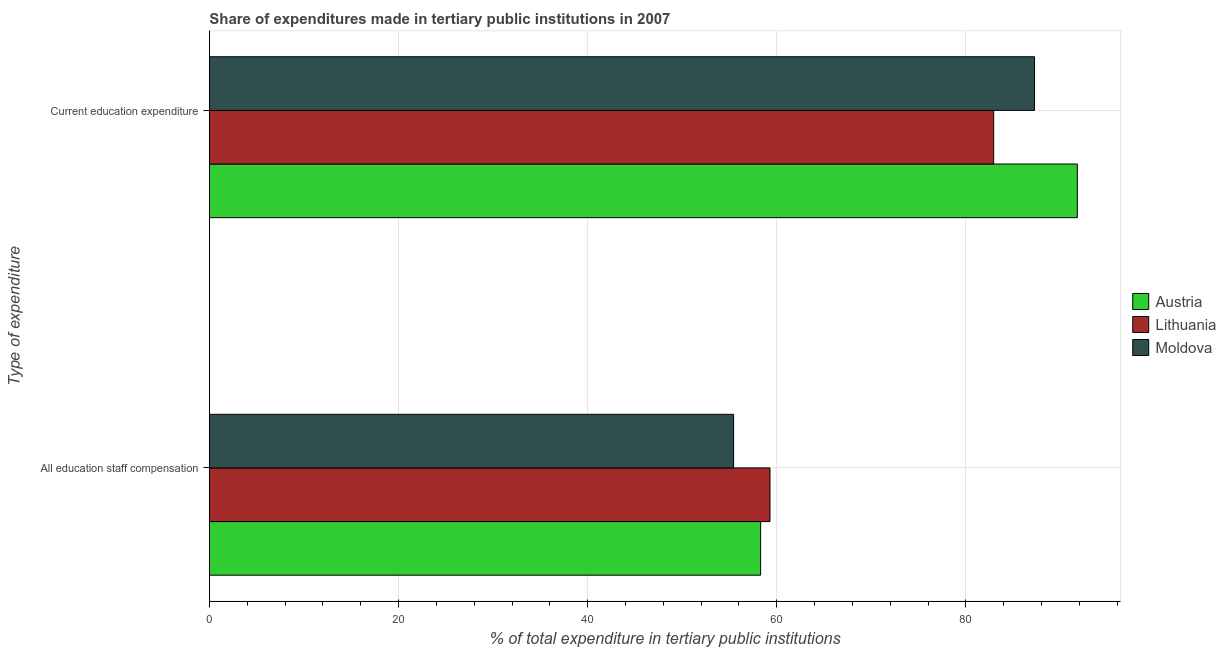
| Type of expenditure | Austria | Lithuania | Moldova |
 | --- | --- | --- | --- |
 | All education staff compensation | 58.3 | 59.3 | 55.4 |
 | Current education expenditure | 91.8 | 82.9 | 87.3 |